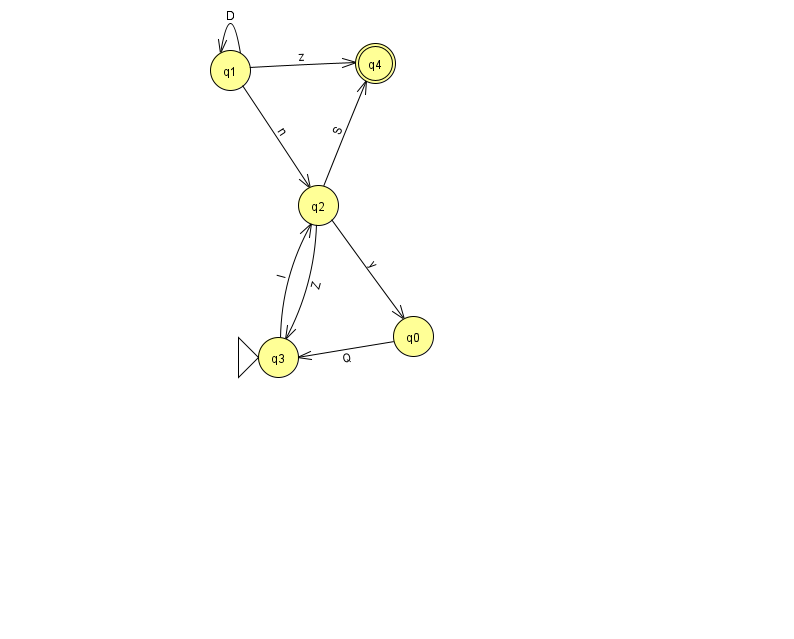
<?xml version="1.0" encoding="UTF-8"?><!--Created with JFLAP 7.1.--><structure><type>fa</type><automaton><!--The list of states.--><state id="0" name="q0"><x>413.0</x><y>323.0</y></state><state id="1" name="q1"><x>230.0</x><y>57.0</y></state><state id="2" name="q2"><x>318.0</x><y>192.0</y></state><state id="3" name="q3"><x>278.0</x><y>344.0</y><initial/></state><state id="4" name="q4"><x>375.0</x><y>50.0</y><final/></state><!--The list of transitions.--><transition><from>2</from><to>0</to><read>y</read></transition><transition><from>2</from><to>4</to><read>S</read></transition><transition><from>1</from><to>1</to><read>D</read></transition><transition><from>2</from><to>3</to><read>Z</read></transition><transition><from>0</from><to>3</to><read>Q</read></transition><transition><from>1</from><to>4</to><read>z</read></transition><transition><from>1</from><to>2</to><read>n</read></transition><transition><from>3</from><to>2</to><read>l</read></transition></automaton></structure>